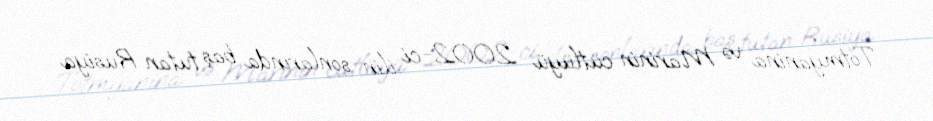
Totmyanina və Marinin cütlüyü 2002-ci ilin sonlarında baş tutan Rusiya